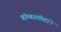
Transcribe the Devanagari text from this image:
बॉम्बस्फोटाने